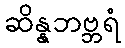
ဆိန္နဘဗ္ဘရံ